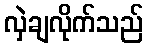
လှဲချလိုက်သည်